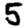
Digit: 5